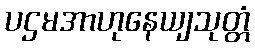
ပဌမအာဟုနေယျသုတ္တံ